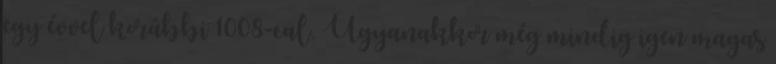
egy évvel korábbi 1008-cal. Ugyanakkor még mindig igen magas